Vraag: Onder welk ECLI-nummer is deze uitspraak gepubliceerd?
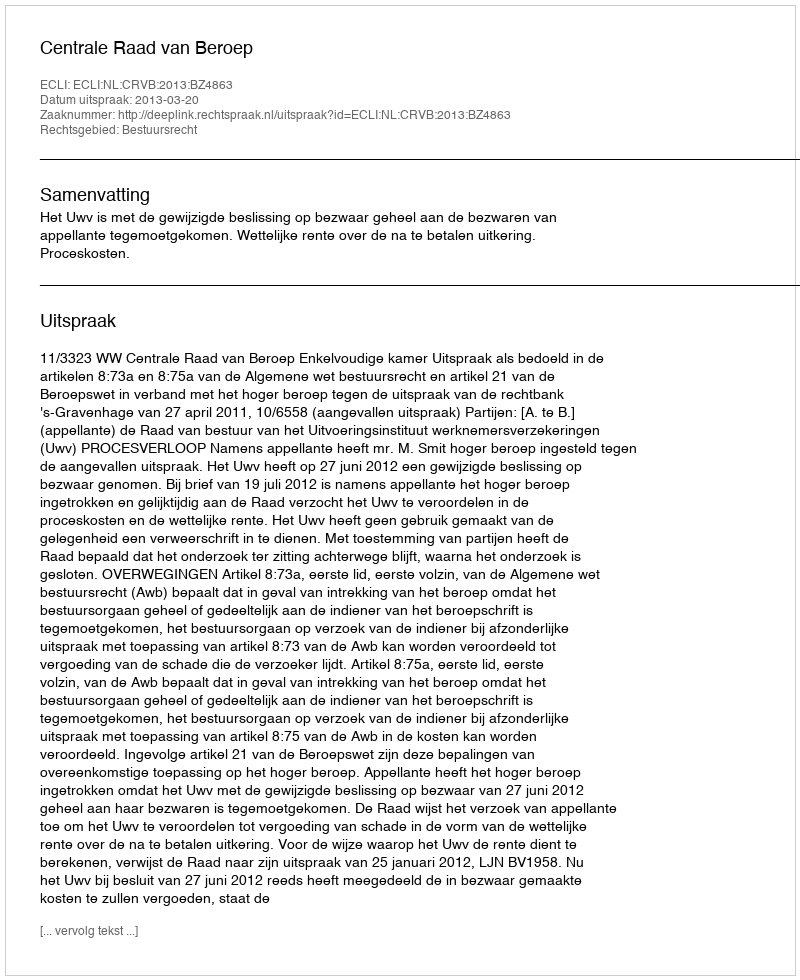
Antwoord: ECLI:NL:CRVB:2013:BZ4863